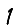
Digit: 1